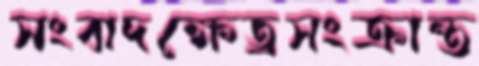
সংবাদক্ষেত্রসংক্রান্ত